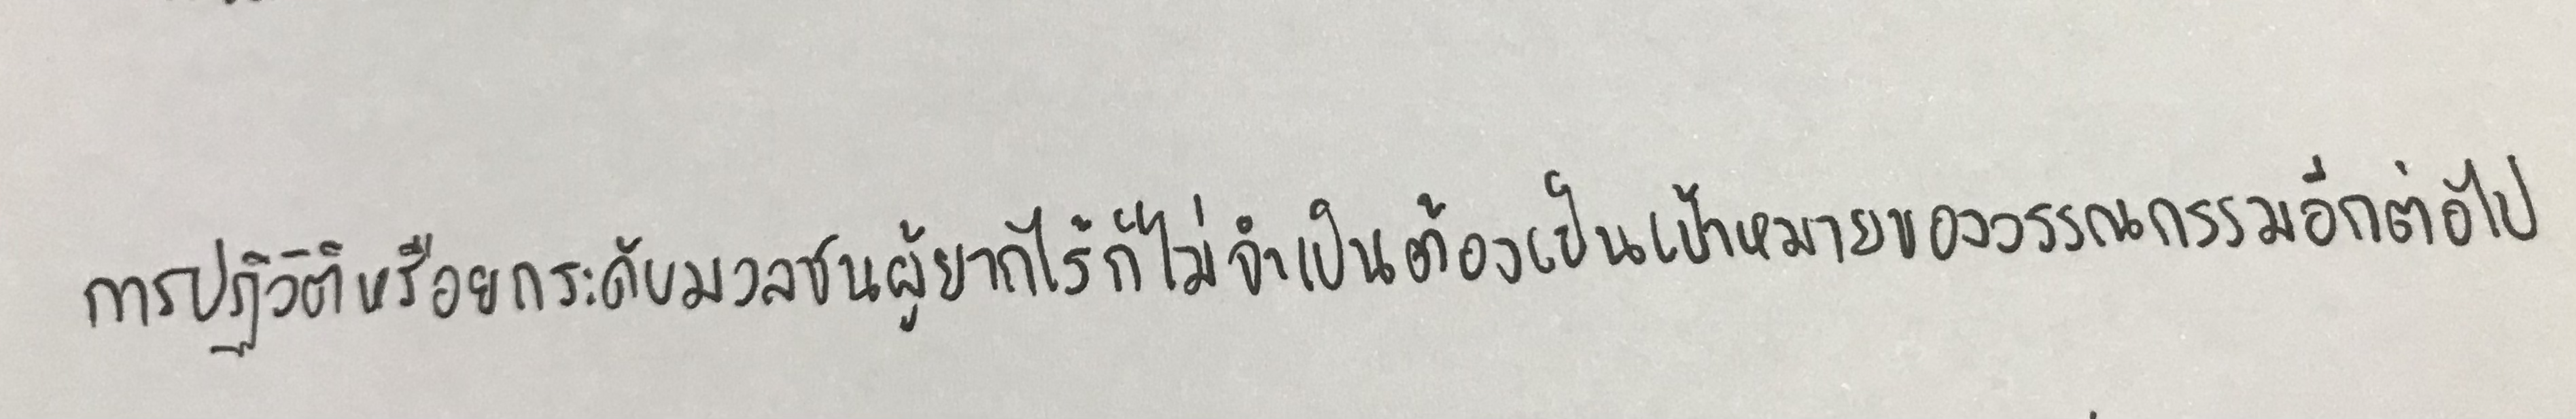
การปฏิวัติหรือยกระดับมวลชนผู้ยากไร้ก็ไม่จำเป็นต้องเป็นเป้าหมายของวรรณกรรมอีกต่อไป